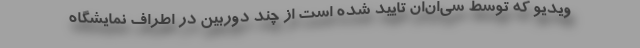
ویدیو که توسط سی‌ان‌ان تایید شده است از چند دوربین در اطراف نمایشگاه